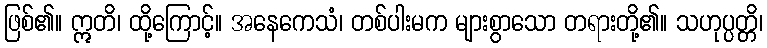
ဖြစ်၏။ ဣတိ၊ ထို့ကြောင့်။ အနေကေသံ၊ တစ်ပါးမက များစွာသော တရားတို့၏။ သဟုပ္ပတ္တိ၊